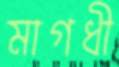
মাগধী